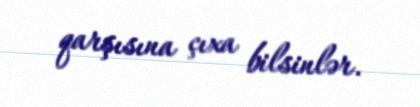
qarşısına çıxa bilsinlər.